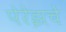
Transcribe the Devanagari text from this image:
पेरेझचे